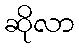
ဆိုလာ